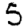
Digit: 5